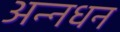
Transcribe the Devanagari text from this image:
अन्‍नधन